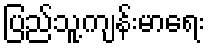
ပြည်သူ့ကျန်းမာရေး